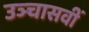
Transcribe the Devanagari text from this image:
उञ्चासवीं